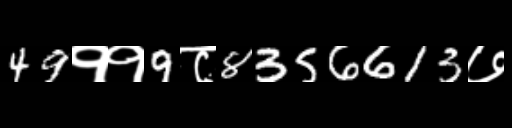
Text: 49११9८8356613७